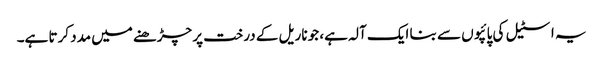
یہ اسٹیل کی پائپوں سے بنا ایک آلہ ہے، جو ناریل کے درخت پر چڑھنے میں مدد کرتا ہے۔